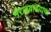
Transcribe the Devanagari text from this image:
मराठवाडयाचा